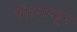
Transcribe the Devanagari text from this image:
गिरणारहून